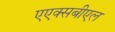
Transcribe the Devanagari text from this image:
एएक्सबीएल